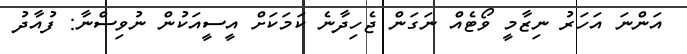
އަންނަ އަހަރު ނިޒާމީ ވޯޓެއް ނަގަން ޖެހިދާނެ ކަމަކަށް އީސީއަކުން ނުވިސްނާ: ފުއާދު